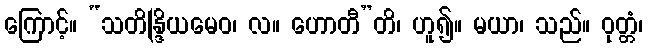
ကြောင့်။ “သတိန္ဒြိယမေဝ၊ လ။ ဟောတီ”တိ၊ ဟူ၍။ မယာ၊ သည်။ ဝုတ္တံ၊